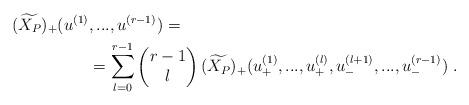
LaTeX: \begin{align*} \begin{aligned} (\widetilde{X_P})_{+}(u^{(1)}&,...,u^{(r-1)})= \\&=\sum_{l=0}^{r-1} \left( \begin{matrix}r-1\\ l \end{matrix} \right) (\widetilde{X_P})_{+}(u^{(1)}_+,...,u_+^{(l)},u_-^{(l+1)},...,u_-^{(r-1)} )\ . \end{aligned} \end{align*}